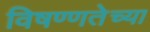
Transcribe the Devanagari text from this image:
विषण्णतेच्या